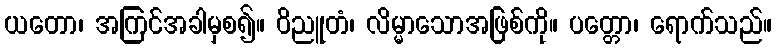
ယတော၊ အကြင်အခါမှစ၍။ ဝိညူတံ၊ လိမ္မာသောအဖြစ်ကို။ ပတ္တော၊ ရောက်သည်။